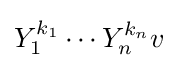
Y_{1}^{k_{1}}\cdots Y_{n}^{k_{n}}v